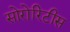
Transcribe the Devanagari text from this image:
सोरोरिटीस